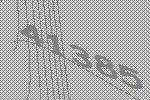
41385